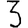
Digit: 3